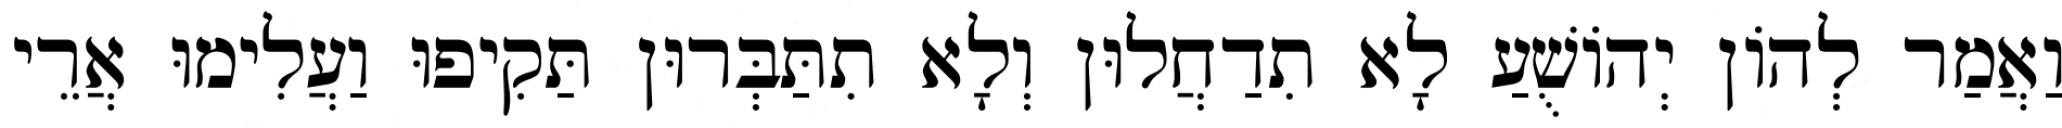
וַאֲמַר לְהוֹן יְהוֹשֻׁעַ לָא תִדַחֲלוּן וְלָא תִתַּבְּרוּן תַּקִיפוּ וַעֲלִימוּ אֲרֵי